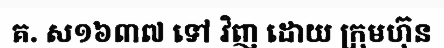
គ. ស១៦៣៧ ទៅ វិញ ដោយ ក្រុមហ៊ុន